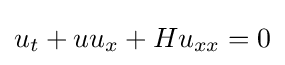
u_{t}+uu_{x}+Hu_{xx}=0